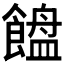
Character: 𱃯